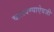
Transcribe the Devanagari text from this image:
चालवण्याऐवजी